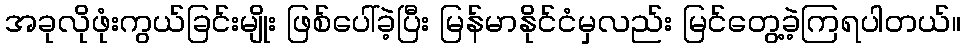
အခုလိုဖုံးကွယ်ခြင်းမျိုး ဖြစ်ပေါ်ခဲ့ပြီး မြန်မာနိုင်ငံမှလည်း မြင်တွေ့ခဲ့ကြရပါတယ်။